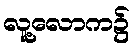
လူ့လောက၌